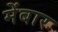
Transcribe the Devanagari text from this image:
मेंबार